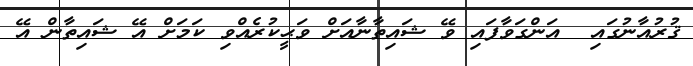
ޤުރުއާނުގައި  އަންގަވާފައި ވޭ ޝައިތާނާއަށް ވަޙީކުރެއްވި ކަމަށް އޭ ޝައިތާން އޭ